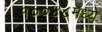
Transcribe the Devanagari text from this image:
१००४८मध्ये